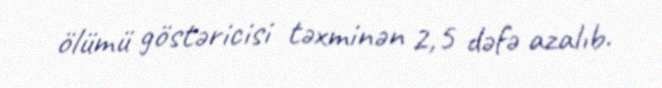
ölümü göstəricisi təxminən 2,5 dəfə azalıb.